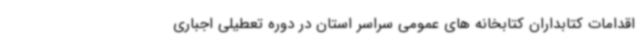
اقدامات کتابداران کتابخانه های عمومی سراسر استان در دوره تعطیلی اجباری